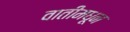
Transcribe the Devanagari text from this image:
वातीमधून